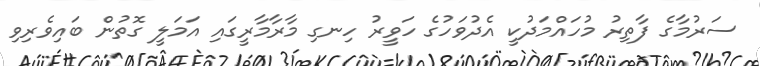
ސަރުމާގެ ފާތިރު މުހައްމަދުކީ އެދުވަހުގެ ހަވީރު ހިނގި މާރާމާރީގައި އަމަލީ ގޮތުން ބައިވެރިވި